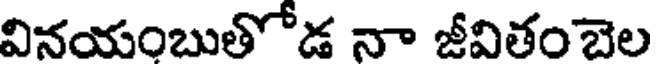
వినయంబుతోడ నా జీవితంబెల